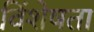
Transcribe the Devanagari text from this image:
विंशेषता